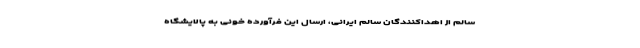
سالم از اهداکنندگان سالم ایرانی، ارسال این فرآورده خونی به پالایشگاه